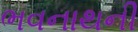
ભવનાથની